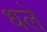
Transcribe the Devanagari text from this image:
धले